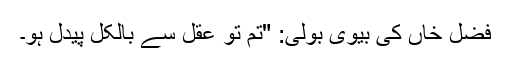
فضل خاں کی بیوی بولی: "تم تو عقل سے بالکل پیدل ہو۔